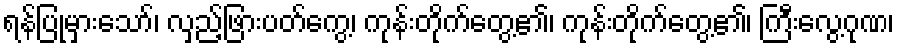
ရန်ပြုမှားသော်၊ လှည့်ဖြားပတ်ကွေ့၊ ကုန်းတိုက်တွေ့၏၊ ကုန်းတိုက်တွေ့၏၊ ကြီးလွေ့ဂုဏ၊